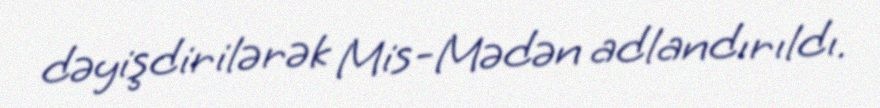
dəyişdirilərək Mis-Mədən adlandırıldı.